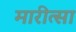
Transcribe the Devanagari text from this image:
मारीत्सा